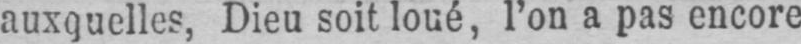
auxquelles, Dieu soit loué, l’on a pas encore